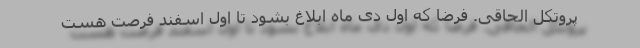
پروتکل الحاقی. فرضاً که اول دی ماه ابلاغ بشود تا اول اسفند فرصت هست